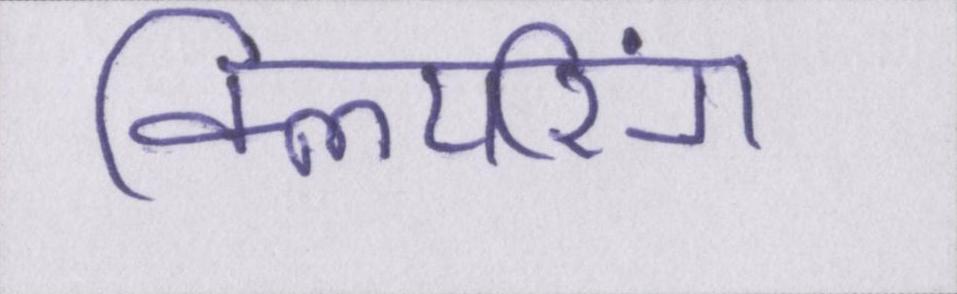
क्लियरिंग